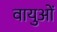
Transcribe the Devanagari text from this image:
वायुओं